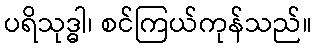
ပရိသုဒ္ဓါ၊ စင်ကြယ်ကုန်သည်။